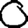
Digit: 0